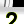
Digit: 2